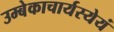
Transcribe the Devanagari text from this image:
उम्बेकाचार्यस्येयं